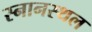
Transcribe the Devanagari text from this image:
स्नानस्थल